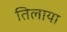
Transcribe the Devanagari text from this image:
तिलाया